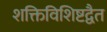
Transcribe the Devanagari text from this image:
शक्तिविशिष्टद्वैत